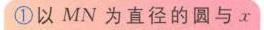
\textcircled{1}以\(MN\)为直径的圆与\(x\)